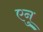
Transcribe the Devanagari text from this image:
एनु